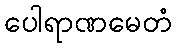
ပေါရာဏမေတံ